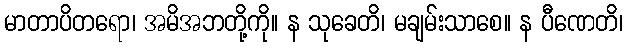
မာတာပိတရော၊ အမိအဘတို့ကို။ န သုခေတိ၊ မချမ်းသာစေ။ န ပီဏေတိ၊